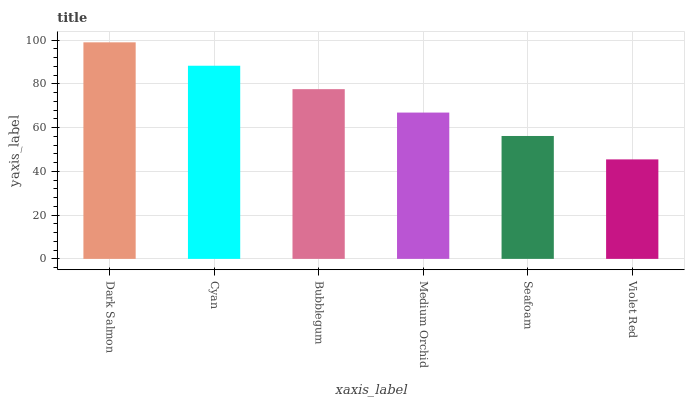
| xaxis_label | bars |
 | --- | --- |
 | Dark Salmon | 99 |
 | Cyan | 88.3 |
 | Bubblegum | 77.6 |
 | Medium Orchid | 66.9 |
 | Seafoam | 56.2 |
 | Violet Red | 45.5 |